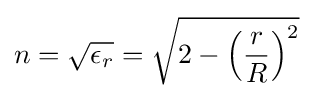
n={\sqrt {\epsilon _{r}}}={\sqrt {2-\left({\frac {r}{R}}\right)^{2}}}